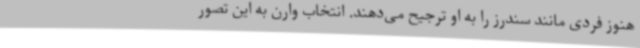
هنوز فردی مانند سندرز را به او ترجیح می‌دهند. انتخاب وارن به این تصور